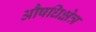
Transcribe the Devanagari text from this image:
औषधिक्षेत्र